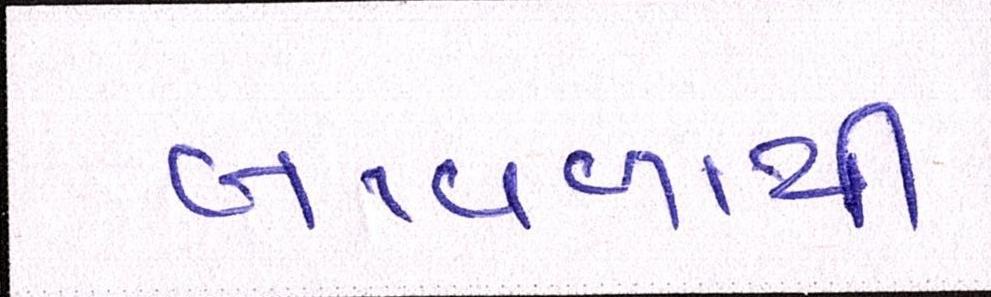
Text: બાવળાથી